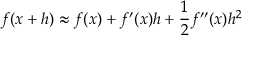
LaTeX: f ( x + h ) \approx f ( x ) + f ^ { \prime } ( x ) h + { \frac { 1 } { 2 } } f ^ { \prime \prime } ( x ) h ^ { 2 }